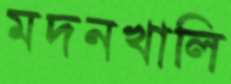
মদনখালি